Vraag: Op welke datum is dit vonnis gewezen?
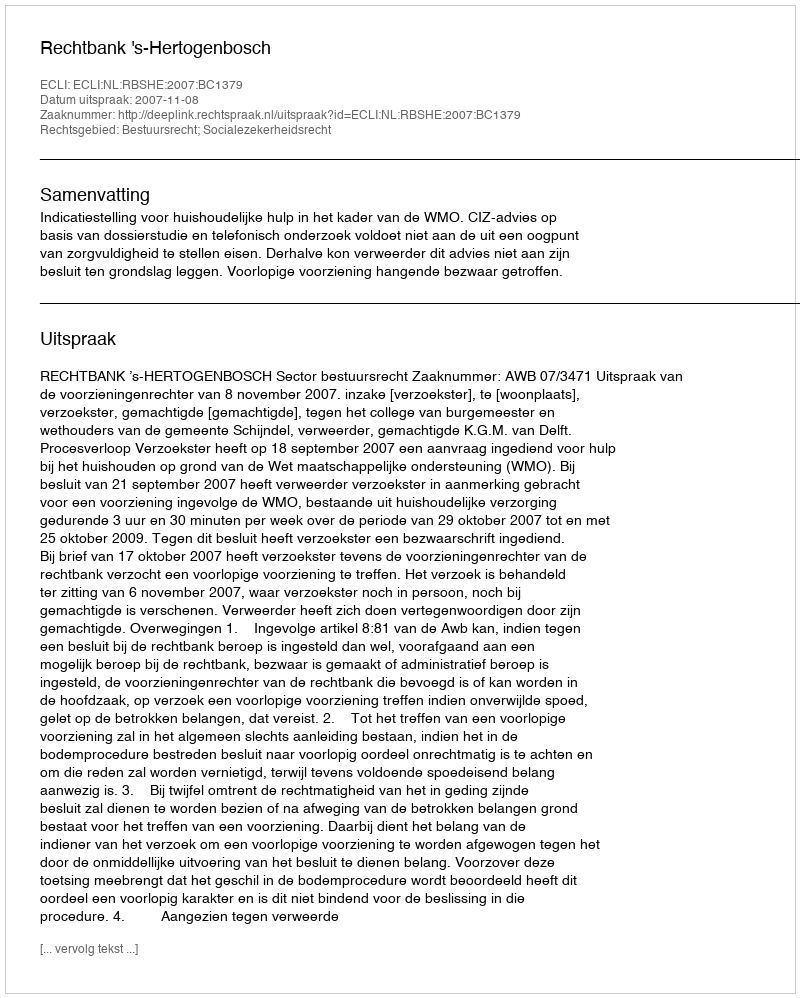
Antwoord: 2007-11-08